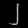
Digit: ၂